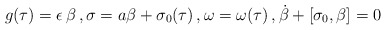
\begin{align*}g(\tau) = \epsilon \, \beta \, , \sigma = a \beta + \sigma_{0}(\tau) \, ,\omega = \omega(\tau) \, , \dot{\beta} + [\sigma_{0},\beta] =0\end{align*}